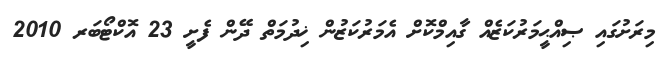
މިރަށުގައި ޞިއްޙީމަރުކަޒެއް ގާއިމްކޮށް އެމަރުކަޒުން ޚިދުމަތް ދޭން ފެށީ 23 އޮކްޓޯބަރ 2010